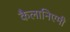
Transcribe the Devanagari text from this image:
कैलानिएमी